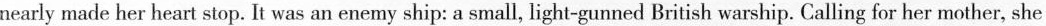
nearly made her heart stop. It was an enemy ship: a small, light-gunned British warship. Calling for her mother, she